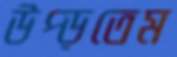
উপ্‌ড়তেম